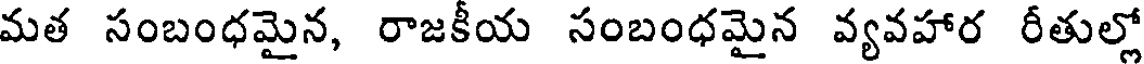
మత సంబంధమైన, రాజకీయ సంబంధమైన వ్యవహార రీతుల్లో